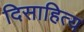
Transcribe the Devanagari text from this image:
दिसाहित्य